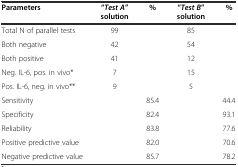
<table><thead><tr><td><b>Parameters</b></td><td><b>&quot;<i>Test A</i>&quot; solution</b></td><td><b>%</b></td><td><b>&quot;<i>Test B</i>&quot; solution</b></td><td><b>%</b></td></tr></thead><tbody><tr><td>Total N of parallel tests</td><td>99</td><td></td><td>85</td><td></td></tr><tr><td>Both negative</td><td>42</td><td></td><td>54</td><td></td></tr><tr><td>Both positive</td><td>41</td><td></td><td>12</td><td></td></tr><tr><td>Neg. IL-6, pos. in vivo*</td><td>7</td><td></td><td>15</td><td></td></tr><tr><td>Pos. IL-6, neg. in vivo**</td><td>9</td><td></td><td>5</td><td></td></tr><tr><td>Sensitivity</td><td></td><td>85.4</td><td></td><td>44.4</td></tr><tr><td>Specificity</td><td></td><td>82.4</td><td></td><td>93.1</td></tr><tr><td>Reliability</td><td></td><td>83.8</td><td></td><td>77.6</td></tr><tr><td>Positive predictive value</td><td></td><td>82.0</td><td></td><td>70.6</td></tr><tr><td>Negative predictive value</td><td></td><td>85.7</td><td></td><td>78.2</td></tr></tbody></table>